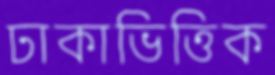
ঢাকাভিত্তিক